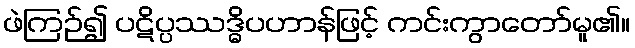
ဖဲကြဉ်၍ ပဋိပ္ပဿဒ္ဓိပဟာန်ဖြင့် ကင်းကွာတော်မူ၏။